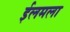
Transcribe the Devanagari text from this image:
ईलमला